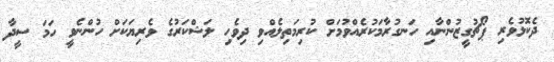
ދެކޮޅުވެރި ޕޯޗުގީޒުންނާއި ހަނގުރާމަކުރެއްވުމަށް ކުރިމަތިލެއްވި ދިވެހި ލަޝްކަރުގެ ވެރިޔަކަށް ހުންނެވީ ހަމަ ސީދާ